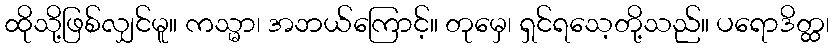
ထိုသို့ဖြစ်လျှင်မူ။ ကသ္မာ၊ အဘယ်ကြောင့်။ တုမှေ၊ ရှင်ရသေ့တို့သည်။ ပရောဒိတ္ထ၊